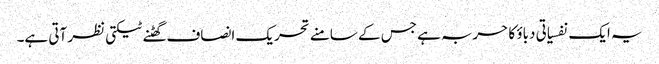
یہ ایک نفسیاتی دباؤ کا حربہ ہے جس کے سامنے تحریک انصاف گھٹنے ٹیکتی نظر آتی ہے۔